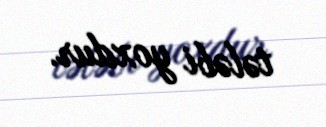
tələbi yoxdur.